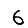
Digit: 6